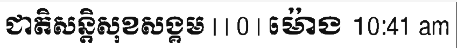
ជាតិសន្តិសុខសង្គម | | 0 | ម៉ោង 10:41 am